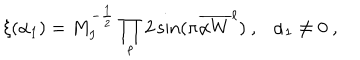
LaTeX: \xi ( \alpha _ { 1 } ) = M _ { I } ^ { - { \frac { 1 } { 2 } } } \prod _ { \ell } 2 \sin ( \pi { { \overline { { { \alpha W } } } } ^ { \ell } } ) ~ , \alpha _ { 1 } \not = 0 ~ ,